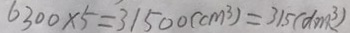
6 3 0 0 \times 5 = 3 1 5 0 0 ( c m ^ { 3 } ) = 3 1 . 5 ( d m ^ { 3 } )